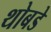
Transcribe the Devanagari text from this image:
थोबडे